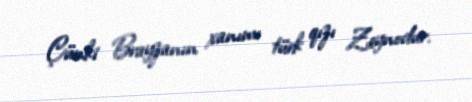
Çünki Brayzanın xanımı türk qızı Zeynodur.